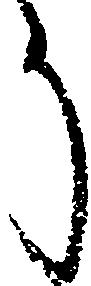
う